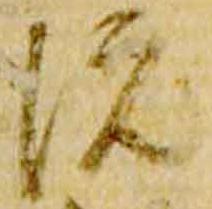
院